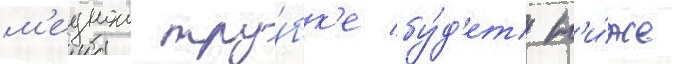
м'еднои тру́бк'е бу́д'ет н'и́же